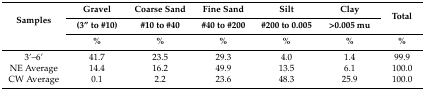
| <ROWSPAN=3> Samples | Gravel | Coarse Sand | Fine Sand | Silt | Clay | <ROWSPAN=2> Total |
 | (3” to #10) | #10 to #40 | #40 to #200 | #200 to 0.005 | >0.005 mu |
 | % | % | % | % | % | % |
 | --- | --- | --- | --- | --- | --- | --- |
 | 3’–6’ | 41.7 | 23.5 | 29.3 | 4.0 | 1.4 | 99.9 |
 | NE Average | 14.4 | 16.2 | 49.9 | 13.5 | 6.1 | 100.0 |
 | CW Average | 0.1 | 2.2 | 23.6 | 48.3 | 25.9 | 100.0 |